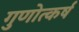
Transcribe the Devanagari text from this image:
गुणोत्कर्ष